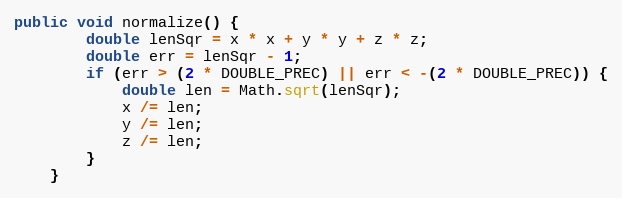
Language: Java
public void normalize() {
        double lenSqr = x * x + y * y + z * z;
        double err = lenSqr - 1;
        if (err > (2 * DOUBLE_PREC) || err < -(2 * DOUBLE_PREC)) {
            double len = Math.sqrt(lenSqr);
            x /= len;
            y /= len;
            z /= len;
        }
    }